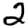
Digit: 2